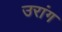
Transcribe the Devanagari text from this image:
उरांग